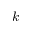
k